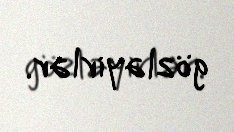
gözləyirlər.